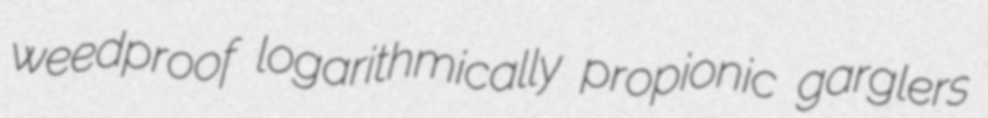
weedproof logarithmically propionic garglers